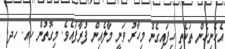
އެހެނިހެން ތަކެތި ހިފައިގެން މިހާރު ވަނީ މާލެއިން ފުރާފައެވެ. މިގޮތުން ހއ. ހދ.